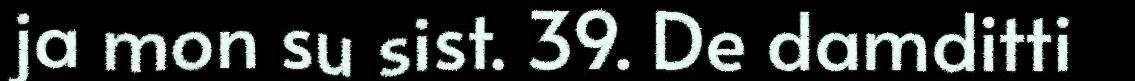
ja mon su sist. 39. De damditti